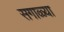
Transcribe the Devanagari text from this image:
सगाळ्या